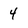
Character: 4